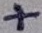
Text: +